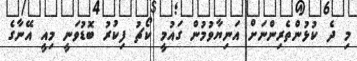
މި ދެ ކުޅުންތެރިންނަށް އަނިޔާވުމުން ގައުމީ ކޯޗު ފިކުރު ބޮޑުވަނީ މިއީ އޭނާގެ